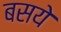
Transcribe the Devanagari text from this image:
बसये